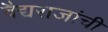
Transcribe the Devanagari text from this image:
वैद्यराजांची